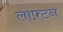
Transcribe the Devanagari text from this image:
लाफ़्टन